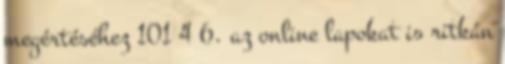
megértéséhez 101 4 6. az online lapokat is ritkán